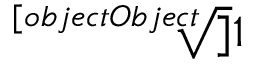
\sqrt [ [object Object] ] { 1 }